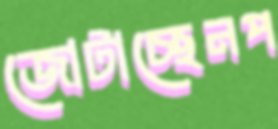
জোটাচ্ছেনপ